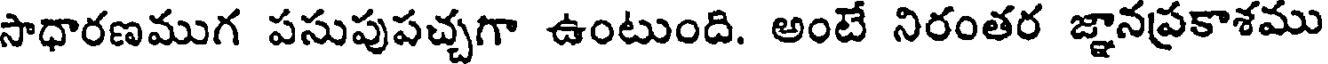
సాధారణముగ పసుపుపచ్చగా ఉంటుంది. అంటే నిరంతర జ్ఞానప్రకాశము